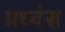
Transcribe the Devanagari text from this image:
प्रध्वंस